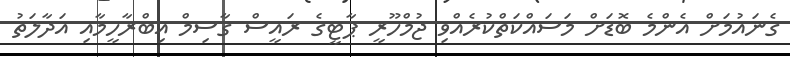
ގެނައުމަށް އެންމެ ބޮޑަށް މަސައްކަތްކުރެއްވި ޖުމްހޫރީ ޕާޓީގެ ރައީސް ގާސިމް އިބްރާހީމާއި އަދާލަތު